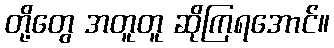
တို့တွေ အတူတူ ဆိုကြရအောင်။